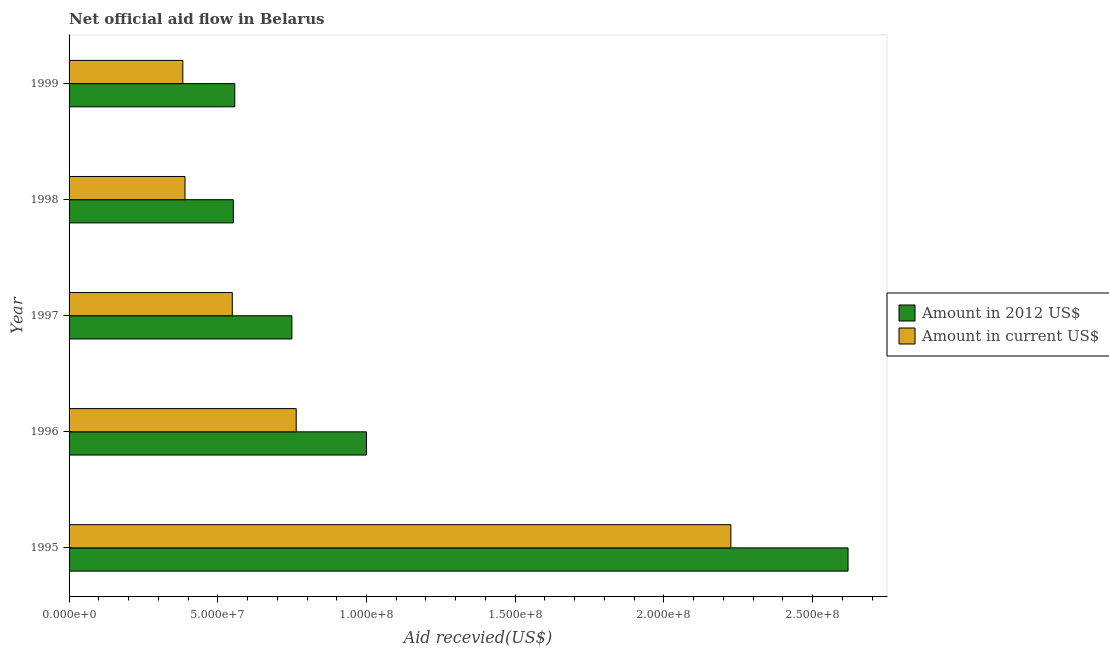
| Year | Amount in 2012 US$ | Amount in current US$ |
 | --- | --- | --- |
 | 1995 | 2.62e+08 | 2.23e+08 |
 | 1996 | 1e+08 | 7.64e+07 |
 | 1997 | 7.49e+07 | 5.49e+07 |
 | 1998 | 5.52e+07 | 3.9e+07 |
 | 1999 | 5.57e+07 | 3.82e+07 |